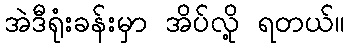
အဲဒီရုံးခန်းမှာ အိပ်လို့ ရတယ်။